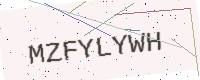
Text: MZFYLYWH